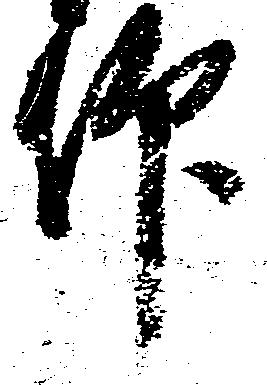
仰